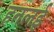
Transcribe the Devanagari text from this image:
हतलई